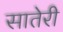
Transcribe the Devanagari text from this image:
सातेरी